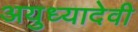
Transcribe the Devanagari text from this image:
अयुध्यादेवी